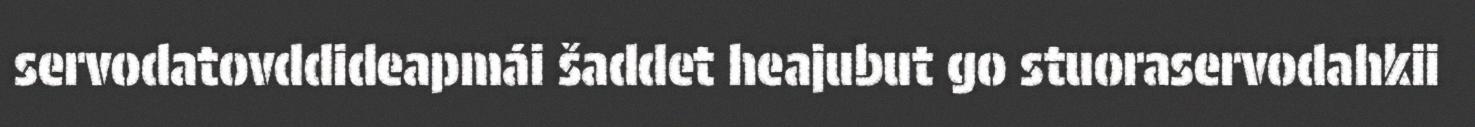
servodatovddideapmái šaddet heajubut go stuoraservodahkii